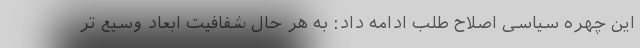
این چهره سیاسی اصلاح طلب ادامه داد: به هر حال شفافیت ابعاد وسیع تر